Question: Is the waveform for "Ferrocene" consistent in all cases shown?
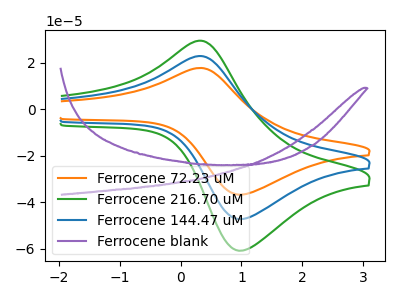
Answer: <think>The orange curve "Ferrocene 72.23 uM" has an anodic peak at (0.30V, 17.80uA) and a cathodic peak at (1.00V, -36.70uA). The green curve "Ferrocene 216.70 uM" has an anodic peak at (0.30V, 45.90uA) and a cathodic peak at (1.00V, -94.45uA). The blue curve "Ferrocene 144.47 uM" has an anodic peak at (0.30V, 22.95uA) and a cathodic peak at (1.00V, -47.20uA). The purple curve "Ferrocene blank" has no peaks.
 All the peaks in "Ferrocene 72.23 uM" have a peak in "Ferrocene 216.70 uM" at the same potential. Every peak in "Ferrocene 72.23 uM" is lower than every peak in "Ferrocene 216.70 uM". All the peaks in "Ferrocene 72.23 uM" have a peak in "Ferrocene 144.47 uM" at the same potential. Every peak in "Ferrocene 72.23 uM" is lower than every peak in "Ferrocene 144.47 uM". "Ferrocene 72.23 uM" and "Ferrocene blank" have a different number of peaks. All the peaks in "Ferrocene 216.70 uM" have a peak in "Ferrocene 144.47 uM" at the same potential. Every peak in "Ferrocene 216.70 uM" is higher than every peak in "Ferrocene 144.47 uM". "Ferrocene 216.70 uM" and "Ferrocene blank" have a different number of peaks. "Ferrocene 144.47 uM" and "Ferrocene blank" have a different number of peaks.</think>
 <answer>All the CV's of "Ferrocene" have similar shape.</answer>
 <eval>follow_rule</eval>